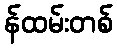
န်ထမ်းတစ်